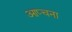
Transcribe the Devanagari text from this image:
आप्चना